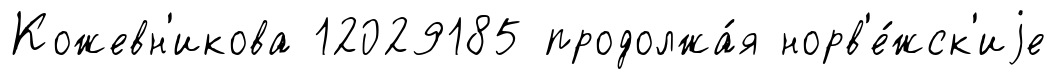
Кожевн'икова 12029185 продолжа́я норв'е́жск'иjе